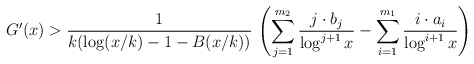
\begin{align*} G'(x) > \frac{1}{k(\log(x/k) - 1 - B(x/k))}\, \left( \sum_{j=1}^{m_2} \frac{j \cdot b_j}{\log^{j+1} x} - \sum_{i=1}^{m_1} \frac{i \cdot a_i}{\log^{i+1}x}\right)\end{align*}